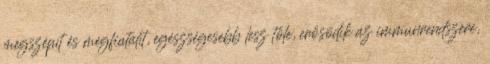
megszépít és megfiatalít, egészségesebb lesz tőle, erősödik az immunrendszere,